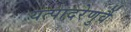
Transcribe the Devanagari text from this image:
यत्पादरेणुर्वै